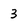
Character: 3